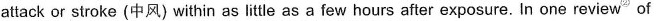
attack or stroke (中风) within as little as a few hours after exposure. In one review^{②} of